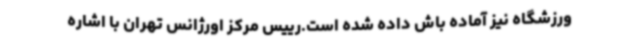
ورزشگاه نیز آماده باش داده شده است.رییس مرکز اورژانس تهران با اشاره